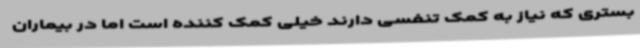
بستری که نیاز به کمک تنفسی دارند خیلی کمک کننده است اما در بیماران